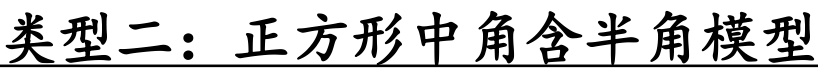
类型二：正方形中角含半角模型